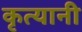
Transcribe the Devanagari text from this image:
कृत्यानी